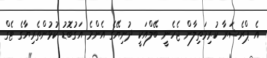
އެ ޕްރެޝަރާ ކުރިމަތިލާން ޖެހެނީ ބޭލްއަކީ ދުނިޔޭގެ އެންމެ އަގުބޮޑު ކުޅުންތެރިޔާގެ ޓެގް